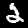
Digit: 2